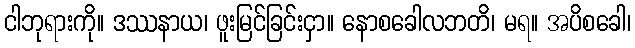
ငါဘုရားကို။ ဒဿနာယ၊ ဖူးမြင်ခြင်းငှာ။ နောစခေါလဘတိ၊ မရ။ အပိစခေါ၊